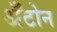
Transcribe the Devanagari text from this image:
अँटोन